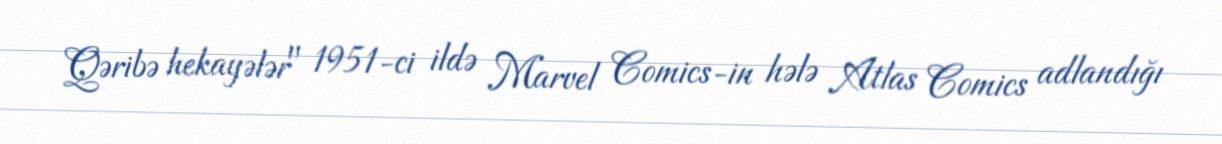
Qəribə hekayələr" 1951-ci ildə Marvel Comics-in hələ Atlas Comics adlandığı